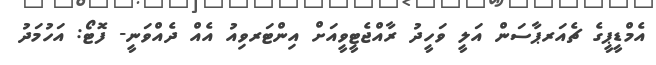
އެމްޑީޕީގެ ޗެއަރޕާސަން އަލީ ވަހީދު ރާއްޖެޓީވީއަށް އިންޓަރވިއު އެއް ދެއްވަނީ- ފޮޓޯ: އަހުމަދު